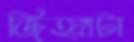
জিহ্বাটা